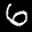
Label: 6